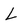
Character: L